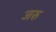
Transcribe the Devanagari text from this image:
जरु